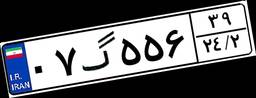
۸۸گ۷۶۸۳۵